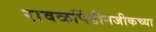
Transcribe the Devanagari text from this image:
रावळपिंडीनजीकच्या